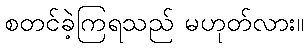
စတင်ခဲ့ကြရသည် မဟုတ်လား။